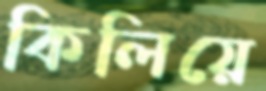
কিলিয়ে